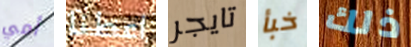
أمي اعطنا تايجر خبأ ذلك